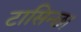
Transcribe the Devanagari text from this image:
टासिन्छ।